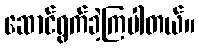
ဆောင်ရွက်ခဲ့ကြပါတယ်။